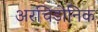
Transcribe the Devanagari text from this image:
अरचिड़ोनिक